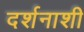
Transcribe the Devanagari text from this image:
दर्शनाशी